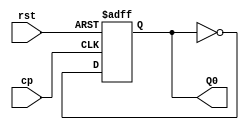
module counter_2 (
    input cp,
    input rst,
    output reg Q0
);
always @(posedge cp or negedge rst) begin//
    if (~rst) begin
        Q0<=1'b0;
    end else begin
        Q0<=~Q0;
    end
end
endmodule
module counter_4 (
    input cp,rst,
    output Q1,Q0
);
    counter_2 U1(.cp(cp),.rst(rst),.Q0(Q0));
    counter_2 U2(.cp(~w1),.rst(rst),.Q0(Q1));
endmodule